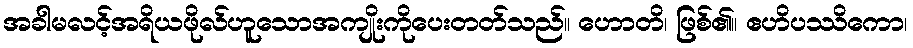
အခါမလင့်အရိယဖိုလ်ဟူသောအကျိုးကိုပေးတတ်သည်။ ဟောတိ၊ ဖြစ်၏။ ဧဟိပဿိကော၊